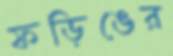
ফড়িঙের